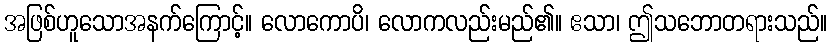
အဖြစ်ဟူသောအနက်ကြောင့်။ လောကောပိ၊ လောကလည်းမည်၏။ ဧသာ၊ ဤသဘောတရားသည်။